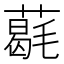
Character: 𦼵